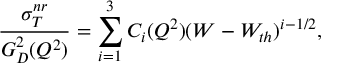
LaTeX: { \frac { \sigma _ { T } ^ { n r } } { G _ { D } ^ { 2 } ( Q ^ { 2 } ) } } = \sum _ { i = 1 } ^ { 3 } C _ { i } ( Q ^ { 2 } ) ( W - W _ { t h } ) ^ { i - 1 / 2 } ,